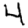
Digit: 4